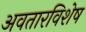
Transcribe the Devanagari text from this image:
अवतारविशेष